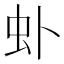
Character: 虲